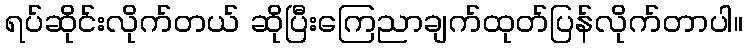
ရပ်ဆိုင်းလိုက်တယ် ဆိုပြီးကြေညာချက်ထုတ်ပြန်လိုက်တာပါ။